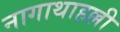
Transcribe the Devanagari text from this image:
नागाथाहल्ली